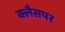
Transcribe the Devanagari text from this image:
क्लैसपर